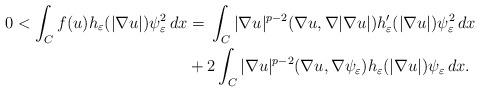
LaTeX: \begin{align*} 0<\int_C f(u)h_\varepsilon (|\nabla u|)\psi^2_\varepsilon \,dx &= \, \int_C |\nabla u|^{p-2} (\nabla u,\nabla |\nabla u|) h_{\varepsilon}'(|\nabla u|) \psi_\varepsilon^2 \,dx\,\\&+ 2\int_C |\nabla u|^{p-2} (\nabla u, \nabla \psi_\varepsilon)h_{\varepsilon}(|\nabla u|)\psi_\varepsilon\,dx.\end{align*}